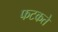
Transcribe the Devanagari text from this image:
फटकते